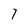
Character: 7